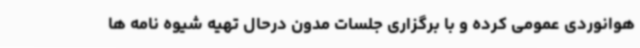
هوانوردی عمومی کرده و با برگزاری جلسات مدون درحال تهیه شیوه نامه ها